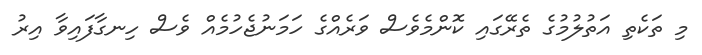
މި ތަކެތި އަތުލުމުގެ ތެރޭގައި ކޮންމެވެސް ވަރެއްގެ ހަމަނުޖެހުމެއް ވެސް ހިނގާފައިވާ އިރު